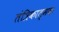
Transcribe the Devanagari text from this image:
तंत्रिकात्मक